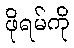
ဖိုရမ်ကို